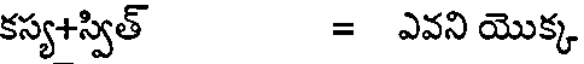
కస్య+స్విత్ = ఎవని యొక్క